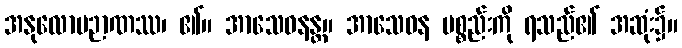
အနုလောမဉာဏဿ၊ ၏။ အာသေဝနန္တ။ အာသေဝန ပစ္စည်းကို ရသည်၏ အဆုံး၌။